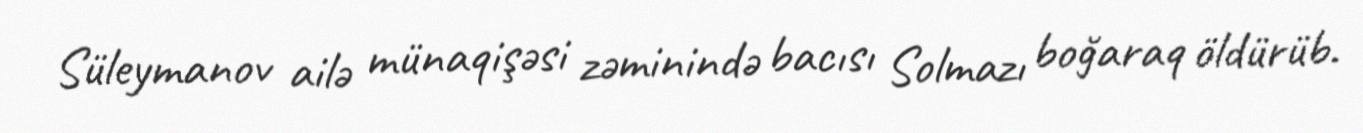
Süleymanov ailə münaqişəsi zəminində bacısı Solmazı boğaraq öldürüb.